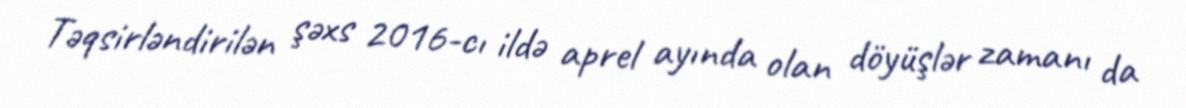
Təqsirləndirilən şəxs 2016-cı ildə aprel ayında olan döyüşlər zamanı da